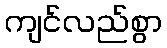
ကျင်လည်စွာ